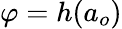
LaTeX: \varphi=h(a_{o})